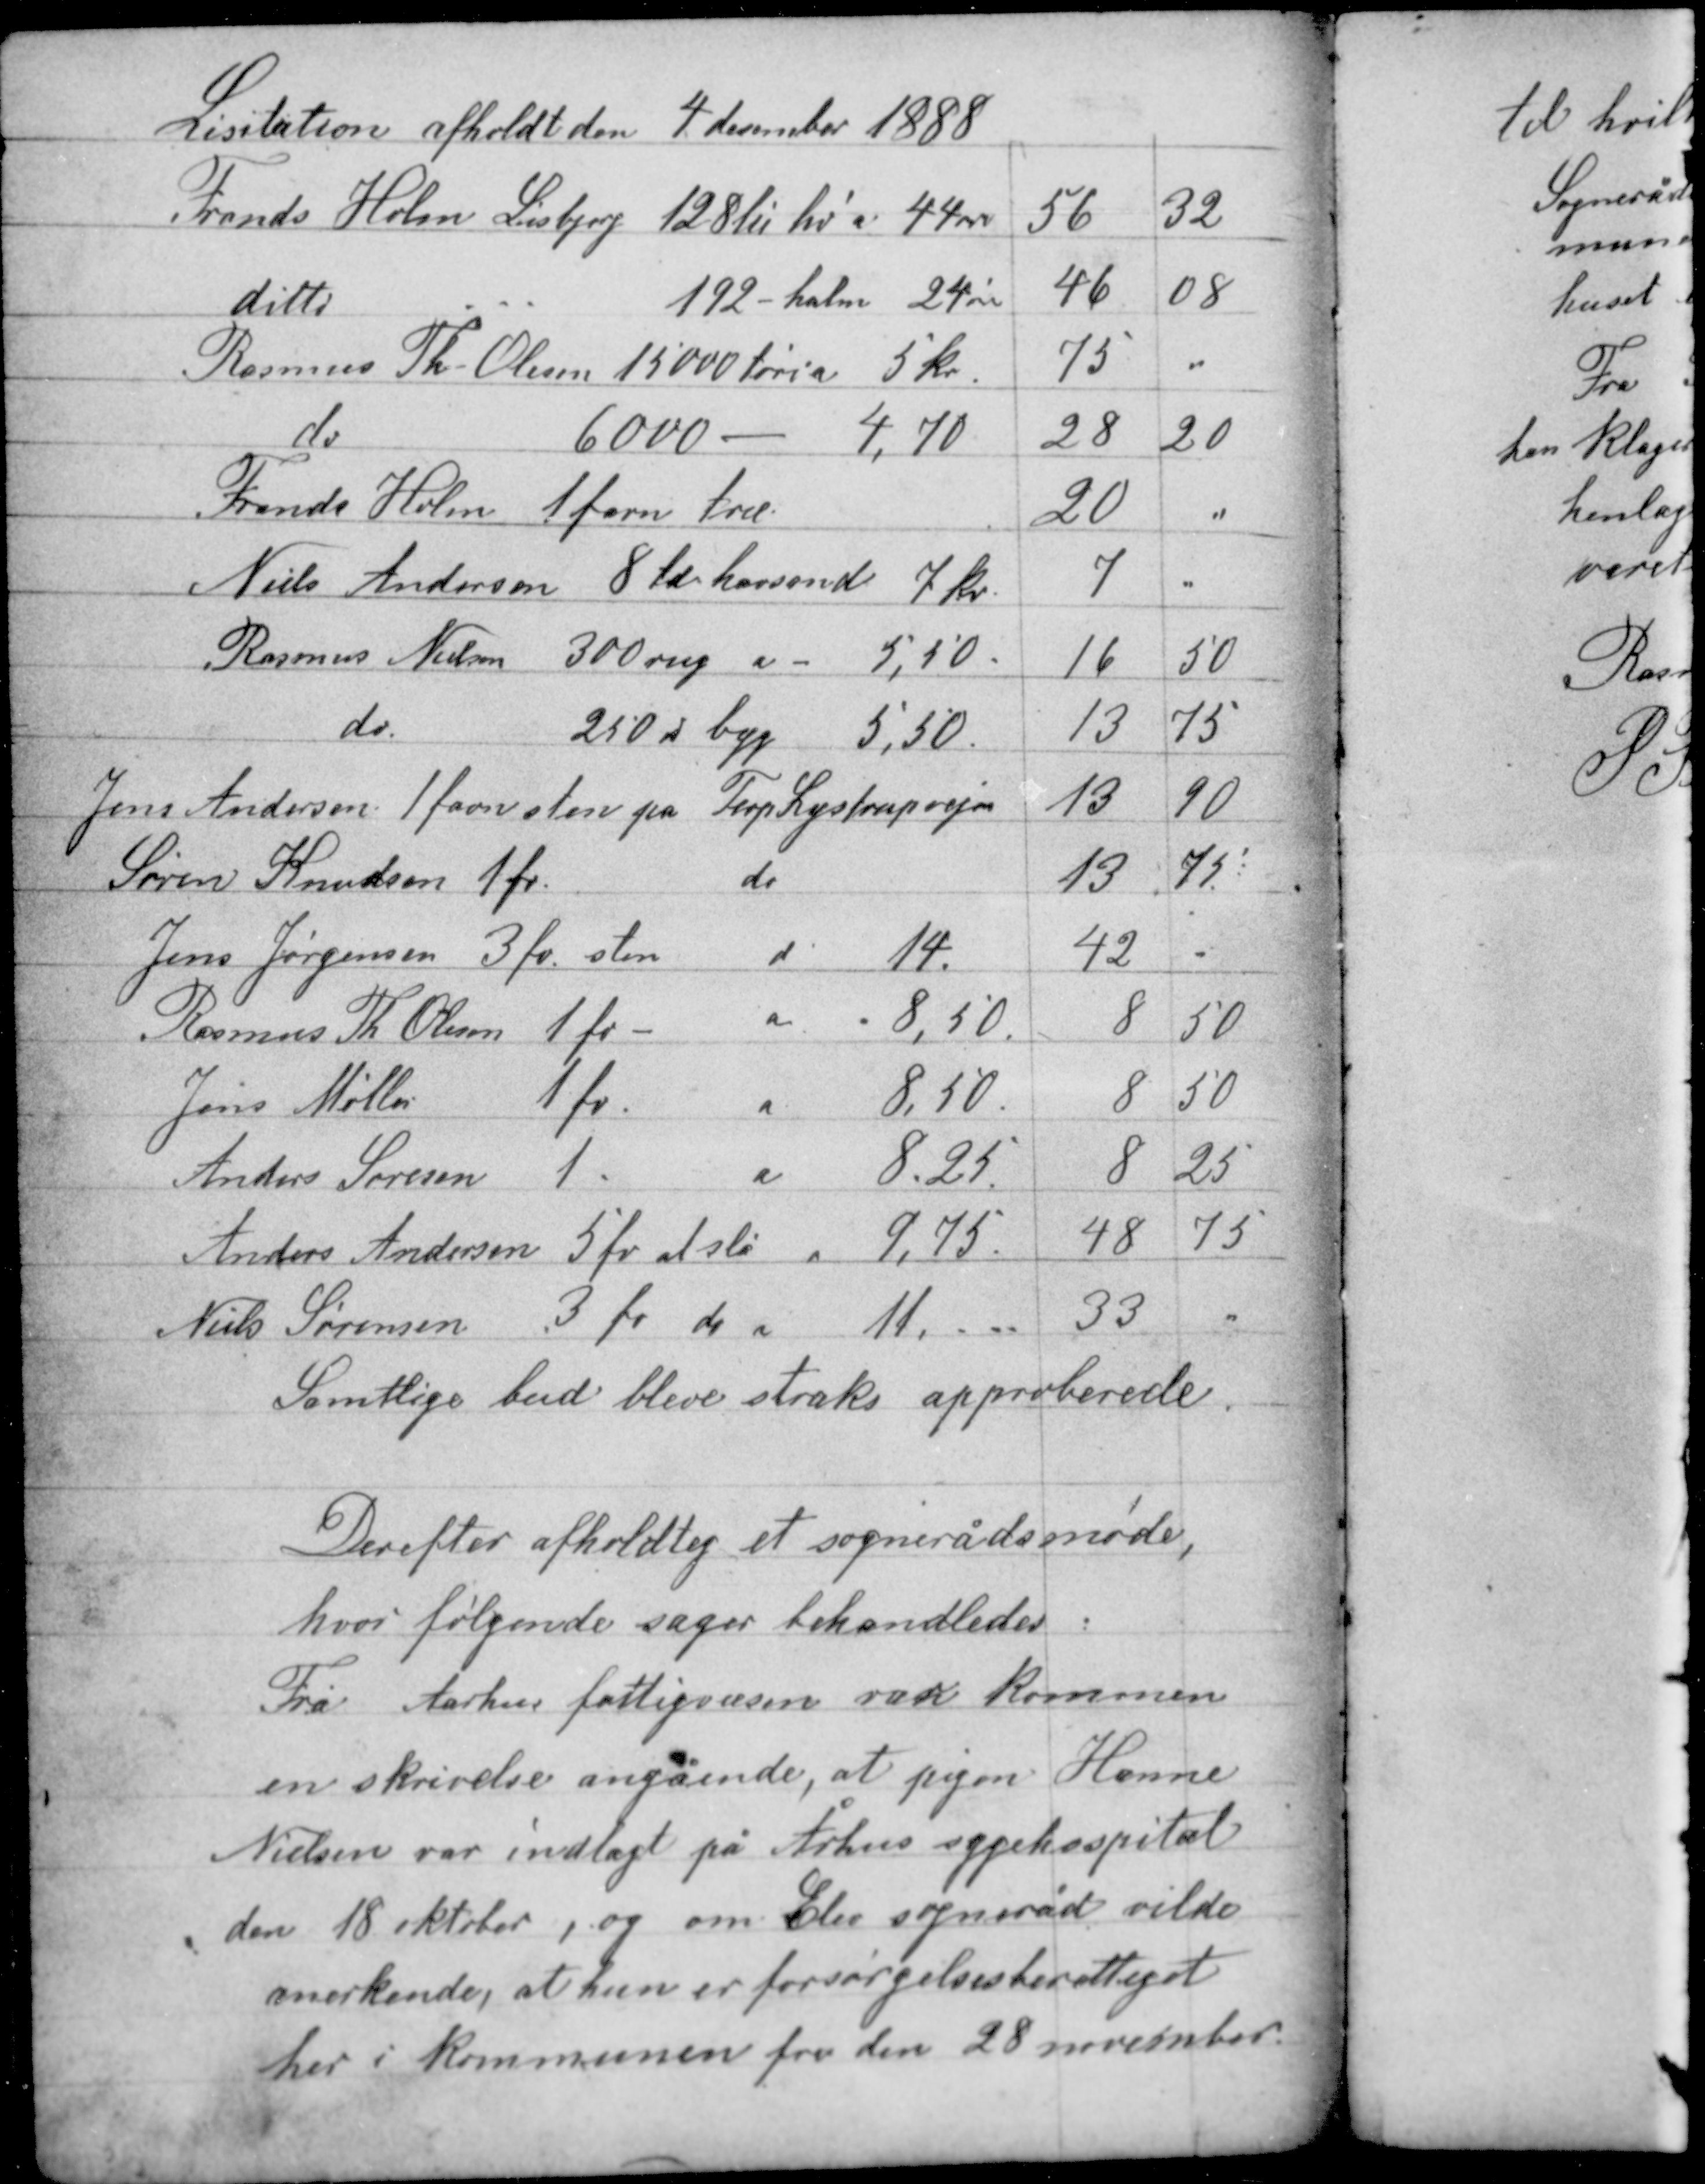
Transskription:
Licitation afholdt den 4 december 1888

Samtlige bud bleve straks approberede

Derefter afholdtes et sognerådsmøde,
hvor følgende sager behandledes:
Fra Aarhus fattigvæsen var kommen
en skrivelse angående, at pigen Hanne
Nielsen var indlagt på Århus sygehospital
den 18 oktober, og om Elev sogneråd vilde
anerkende, at hun er forsørgelsesberettiget
her i kommunen fra den 28 november